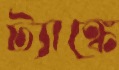
ট্যাঙ্কে